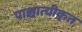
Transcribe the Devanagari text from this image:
पाश्चात्यीकृत